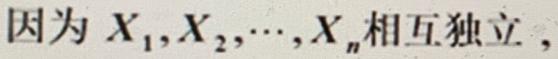
因为 $X_1,X_2,\cdots,X_n$ 相互独立，